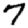
Digit: 7